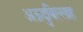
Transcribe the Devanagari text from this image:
अऊदुबिल्लाह